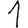
Digit: 1